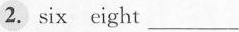
2.six eight ___